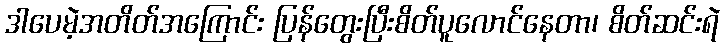
ဒါပေမဲ့အတိတ်အကြောင်း ပြန်တွေးပြီးစိတ်ပူလောင်နေတာ၊ စိတ်ဆင်းရဲ